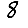
Digit: 8